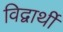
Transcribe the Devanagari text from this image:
विद्वार्थी